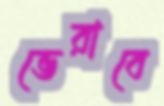
ভেরাবে